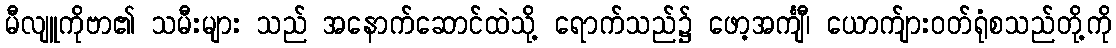
မီလျူကိုဗာ၏ သမီးများ သည် အနောက်ဆောင်ထဲသို့ ရောက်သည်၌ ဖော့အင်္ကျီ၊ ယောက်ျားဝတ်ရုံစသည်တို့ကို